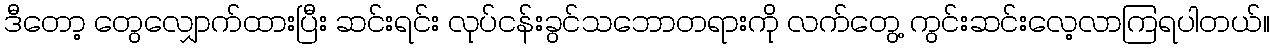
ဒီတော့ တွေလျှောက်ထားပြီး ဆင်းရင်း လုပ်ငန်းခွင်သဘောတရားကို လက်တွေ့ ကွင်းဆင်းလေ့လာကြရပါတယ်။